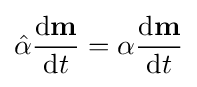
{\hat {\alpha }}{\frac {\mathrm {d} \mathbf {m} }{\mathrm {d} t}}=\alpha {\frac {\mathrm {d} \mathbf {m} }{\mathrm {d} t}}